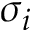
\sigma _ { i }